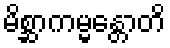
မိစ္ဆာကမ္မန္တောတိ